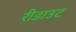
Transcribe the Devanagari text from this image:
रीडाउट